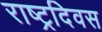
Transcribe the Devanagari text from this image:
राष्ट्रदिवस